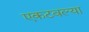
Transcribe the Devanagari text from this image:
एकटवल्या